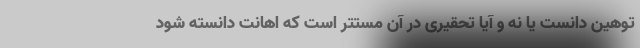
توهین دانست یا نه و آیا تحقیری در آن مستتر است که اهانت دانسته شود